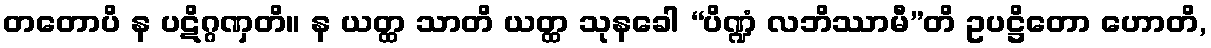
တတောပိ န ပဋိဂ္ဂဏှတိ။ န ယတ္ထ သာတိ ယတ္ထ သုနခေါ “ပိဏ္ဍံ လဘိဿာမီ”တိ ဥပဋ္ဌိတော ဟောတိ,